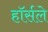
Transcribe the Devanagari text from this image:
हॉर्सले